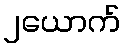
၂ယောက်